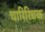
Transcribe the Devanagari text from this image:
चारिरिचक